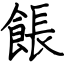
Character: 餦